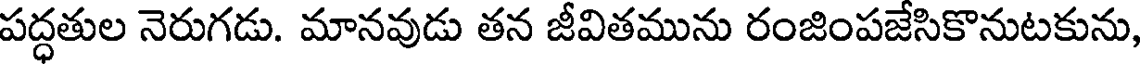
పద్ధతుల నెరుగడు. మానవుడు తన జీవితమును రంజింపజేసికొనుటకును,